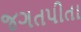
જગતપીતા